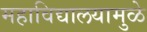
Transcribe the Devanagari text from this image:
महाविद्यालयामुळे